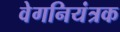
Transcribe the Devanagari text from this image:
वेगनियंत्रक